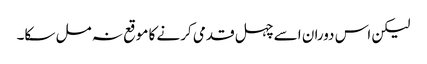
لیکن اس دوران اسے چہل قدمی کرنے کا موقع نہ مل سکا۔